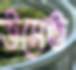
উসেভ